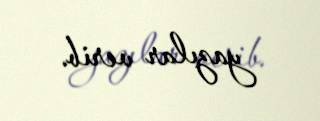
yazılar verib.